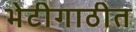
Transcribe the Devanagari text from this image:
भेटीगाठीत